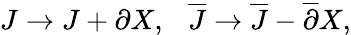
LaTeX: J\to J+\partial X,\ \ \ {\overline{{J}}}\to{\overline{{J}}}-{\overline{{\partial}}}X,